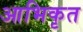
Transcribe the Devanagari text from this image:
आभिकृत